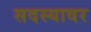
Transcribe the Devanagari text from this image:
सदस्यावर